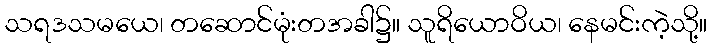
သရဒသမယေ၊ တဆောင်မုံးတအခါ၌။ သူရိယောဝိယ၊ နေမင်းကဲ့သို့။